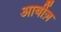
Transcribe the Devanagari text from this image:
आर्बीज़